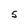
Character: S